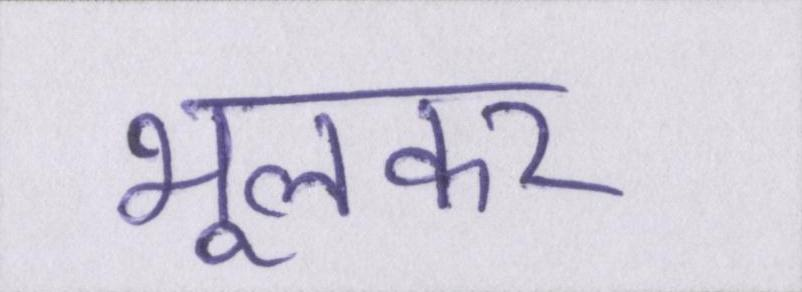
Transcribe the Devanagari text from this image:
भूलकर